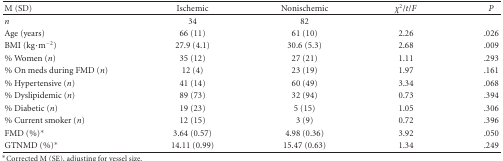
| M (SD) | Ischemic | Nonischemic | χ2/t/F | P |
 | --- | --- | --- | --- | --- |
 | n | 34 | 82 |  |  |
 | Age (years) | 66 (11) | 61 (10) | 2.26 | .026 |
 | BMI (kg·m−2) | 27.9 (4.1) | 30.6 (5.3) | 2.68 | .009 |
 | % Women (n) | 35 (12) | 27 (21) | 1.11 | .293 |
 | % On meds during FMD (n) | 12 (4) | 23 (19) | 1.97 | .161 |
 | % Hypertensive (n) | 41 (14) | 60 (49) | 3.34 | .068 |
 | % Dyslipidemic (n) | 89 (73) | 32 (94) | 0.73 | .394 |
 | % Diabetic (n) | 19 (23) | 5 (15) | 1.05 | .306 |
 | % Current smoker (n) | 12 (15) | 3 (9) | 0.72 | .396 |
 | FMD (%)* | 3.64 (0.57) | 4.98 (0.36) | 3.92 | .050 |
 | GTNMD (%)* | 14.11 (0.99) | 15.47 (0.63) | 1.34 | .249 |